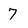
Character: 7